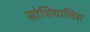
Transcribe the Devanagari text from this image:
सोशियालिस